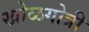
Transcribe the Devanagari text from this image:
खोळगोत्री